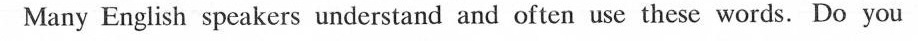
Many English speakers understand and often use these words. Do you